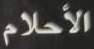
الأحلام